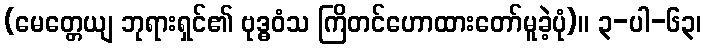
(မေတ္တေယျ ဘုရားရှင်၏ ဗုဒ္ဓဝံသ ကြိတင်ဟောထားတော်မူခဲ့ပုံ)။ ၃-ပါ-၆၃၊